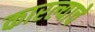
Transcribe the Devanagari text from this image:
कारल्याचे